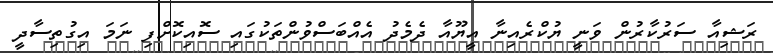
ރަޝިއާ ސަރުކާރުން ވަނީ ޔުކްރެއިނާ އީޔޫއާ ދެމެދު އެއްބަސްވުންތަކުގައި ސޮއިކޮށްފި ނަމަ އިގުތިސާދީ